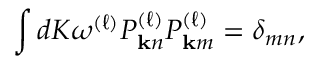
\int d K \omega ^ { ( \ell ) } P _ { \mathbf { k } n } ^ { ( \ell ) } P _ { \mathbf { k } m } ^ { ( \ell ) } = \delta _ { m n } ,